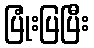
ပြုံးပြပြီး